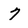
Character: 7